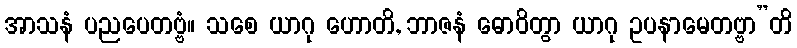
အာသနံ ပညပေတဗ္ဗံ။ သစေ ယာဂု ဟောတိ, ဘာဇနံ ဓောဝိတွာ ယာဂု ဥပနာမေတဗ္ဗာ”တိ